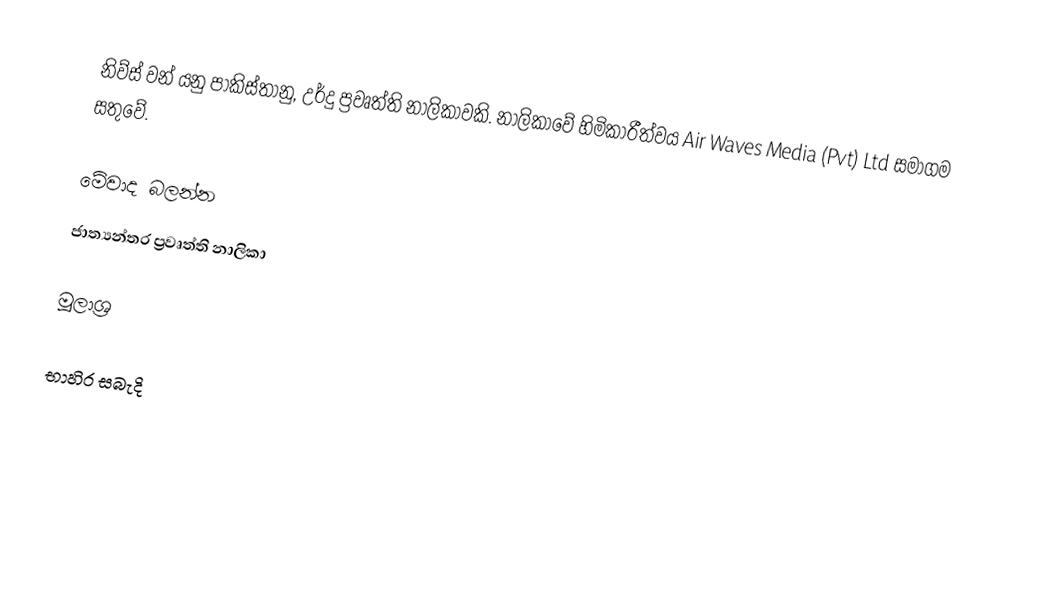
නිව්ස් වන් යනු පාකිස්තානු, උර්දු ප්‍රවෘත්ති නාලිකාවකි. නාලිකාවේ හිමිකාරීත්වය Air Waves Media (Pvt) Ltd සමාගම සතුවේ.

මේවාද බලන්න
 ජාත්‍යන්තර ප්‍රවෘත්ති නාලිකා

මූලාශ්‍ර

භාහිර සබැදි